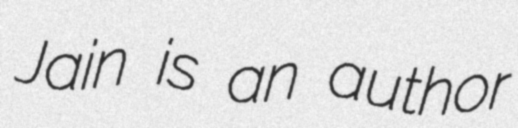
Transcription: Jain is an author